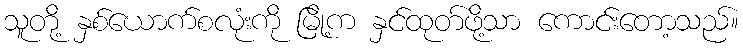
သူတို့ နှစ်ယောက်စလုံးကို မြို့က နှင်ထုတ်ဖို့သာ ကောင်းတော့သည်။